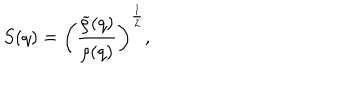
S ( q ) = \left( { \frac { \widetilde { \rho } ( q ) } { \rho ( q ) } } \right) ^ { { \frac { 1 } { 2 } } } ,